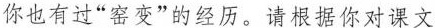
你也有过“窑变”的经历。请根据你对课文